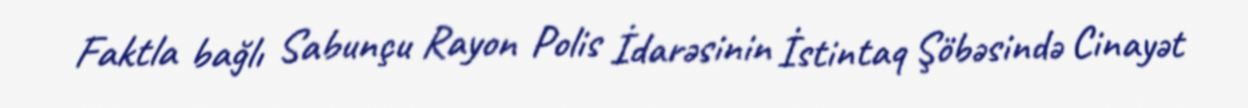
Faktla bağlı Sabunçu Rayon Polis İdarəsinin İstintaq Şöbəsində Cinayət